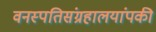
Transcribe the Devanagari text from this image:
वनस्पतिसंग्रहालयांपकी